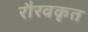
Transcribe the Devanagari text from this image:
रौरवकृत